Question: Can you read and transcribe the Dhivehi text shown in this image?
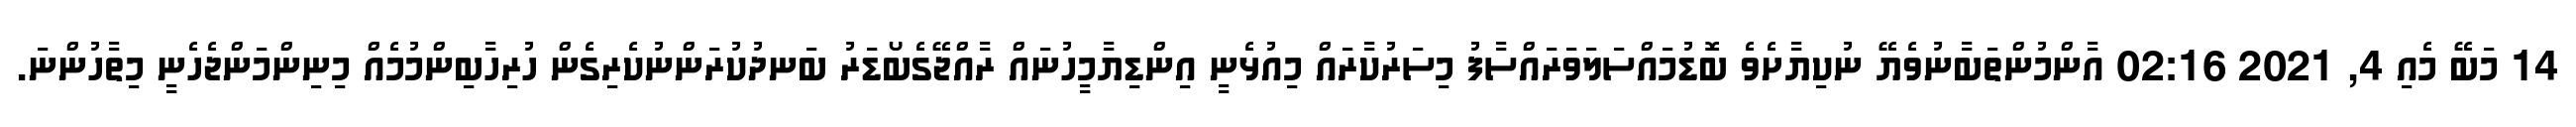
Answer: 14 މަބޭ މެއި 4, 2021 02:16 އާންމުންތަބާނުވެޔޭ ނުކިޔާށެވެ ބޮޑުމައްސަލަވަރައްސާފު މިސަރުކާރައް މިއުޅެނީ އިންޑިޔާމީހުނައް ރާއްޖޭގެބޯޑަރު ބަނދުކުރަންނުކެރިގެން ހުރިހާބިންމުމެއް މިނިންމަންޖެހެނީ މިތާހުންނަ.